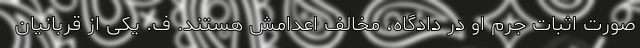
صورت اثبات جرم او در دادگاه، مخالف اعدامش هستند. ف. یکی از قربانیان